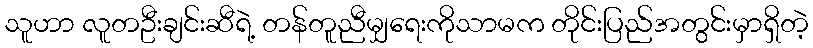
သူဟာ လူတဦးချင်းဆီရဲ့ တန်တူညီမျှရေးကိုသာမက တိုင်းပြည်အတွင်းမှာရှိတဲ့